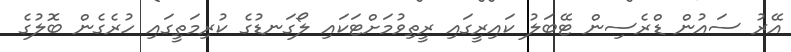
އޭރު ސައުން ޑްރެސިން ޓޭބަލު ކައިރީގައި ރީތިވުމަށްޓަކައި ލޯގަނޑުގެ ކުރިމަތީގައި ހުރެގެން ބޮލުގެ